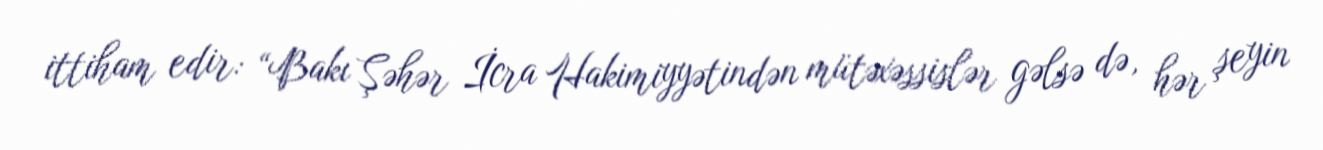
ittiham edir: “Bakı Şəhər İcra Hakimiyyətindən mütəxəssislər gəlsə də, hər şeyin